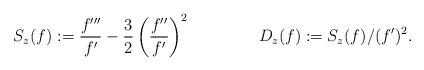
LaTeX: \begin{align*} S_z(f) &:= \frac{f'''}{f'}-\frac32\left(\frac{f''}{f'}\right)^2 & D_z(f)&:=S_z(f)/(f')^2.\end{align*}